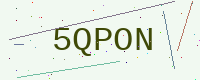
Text: 5QPON